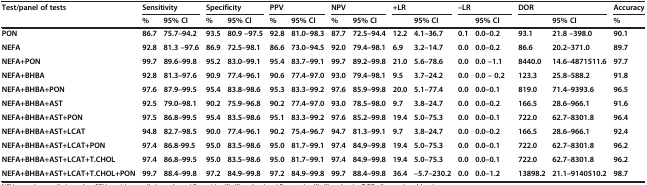
<table><thead><tr><td rowspan="2"><b>Test/panel of tests</b></td><td colspan="2"><b>Sensitivity</b></td><td colspan="2"><b>Specificity</b></td><td colspan="2"><b>PPV</b></td><td colspan="2"><b>NPV</b></td><td colspan="2"><b>+LR</b></td><td colspan="2"><b>–LR</b></td><td colspan="2"><b>DOR</b></td><td><b>Accuracy</b></td></tr><tr><td><b>%</b></td><td><b>95% CI</b></td><td><b>%</b></td><td><b>95% CI</b></td><td><b>%</b></td><td><b>95% CI</b></td><td><b>%</b></td><td><b>95% CI</b></td><td><b> </b></td><td><b>95% CI</b></td><td><b> </b></td><td><b>95% CI</b></td><td><b> </b></td><td><b>95% CI</b></td><td><b>%</b></td></tr></thead><tbody><tr><td><b>PON</b></td><td><b>86.7</b></td><td><b>75.7–94.2</b></td><td><b>93.5</b></td><td><b>80.9 –97.5</b></td><td><b>92.8</b></td><td><b>81.0–98.3</b></td><td><b>87.7</b></td><td><b>72.5–94.4</b></td><td><b>12.2</b></td><td><b>4.1–36.7</b></td><td><b>0.1</b></td><td><b>0.0–0.2</b></td><td><b>93.1</b></td><td><b>21.8 –398.0</b></td><td><b>90.1</b></td></tr><tr><td><b>NEFA</b></td><td><b>92.8</b></td><td><b>81.3 –97.6</b></td><td><b>86.9</b></td><td><b>72.5–98.1</b></td><td><b>86.6</b></td><td><b>73.0–94.5</b></td><td><b>92.0</b></td><td><b>79.4–98.1</b></td><td><b>6.9</b></td><td><b>3.2–14.7</b></td><td><b>0.0</b></td><td><b>0.0–0.2</b></td><td><b>86.6</b></td><td><b>20.2–371.0</b></td><td><b>89.7</b></td></tr><tr><td><b>NEFA+PON</b></td><td><b>99.7</b></td><td><b>89.6–99.8</b></td><td><b>95.2</b></td><td><b>83.0–99.1</b></td><td><b>95.4</b></td><td><b>83.7–99.1</b></td><td><b>99.7</b></td><td><b>89.2–99.8</b></td><td><b>21.0</b></td><td><b>5.6–78.6</b></td><td><b>0.0</b></td><td><b>0.0 –1.1</b></td><td><b>8440.0</b></td><td><b>14.6–4871511.6</b></td><td><b>97.7</b></td></tr><tr><td><b>NEFA+BHBA</b></td><td><b>92.8</b></td><td><b>81.3–97.6</b></td><td><b>90.9</b></td><td><b>77.4–96.1</b></td><td><b>90.6</b></td><td><b>77.4–97.0</b></td><td><b>93.0</b></td><td><b>79.4–98.1</b></td><td><b>9.5</b></td><td><b>3.7–24.2</b></td><td><b>0.0</b></td><td><b>0.0 – 0.2</b></td><td><b>123.3</b></td><td><b>25.8–588.2</b></td><td><b>91.8</b></td></tr><tr><td><b>NEFA+BHBA+PON</b></td><td><b>97.6</b></td><td><b>87.9–99.5</b></td><td><b>95.4</b></td><td><b>83.8–98.6</b></td><td><b>95.3</b></td><td><b>83.3–99.2</b></td><td><b>97.6</b></td><td><b>85.9–99.8</b></td><td><b>20.0</b></td><td><b>5.1–77.4</b></td><td><b>0.0</b></td><td><b>0.0–0.1</b></td><td><b>819.0</b></td><td><b>71.4–9393.6</b></td><td><b>96.5</b></td></tr><tr><td><b>NEFA+BHBA+AST</b></td><td><b>92.5</b></td><td><b>79.0–98.1</b></td><td><b>90.2</b></td><td><b>75.9–96.8</b></td><td><b>90.2</b></td><td><b>77.4–97.0</b></td><td><b>93.0</b></td><td><b>78.5–98.0</b></td><td><b>9.7</b></td><td><b>3.8–24.7</b></td><td><b>0.0</b></td><td><b>0.0–0.2</b></td><td><b>166.5</b></td><td><b>28.6–966.1</b></td><td><b>91.6</b></td></tr><tr><td><b>NEFA+BHBA+AST+PON</b></td><td><b>97.5</b></td><td><b>86.8–99.5</b></td><td><b>95.4</b></td><td><b>83.5–98.6</b></td><td><b>95.1</b></td><td><b>83.3–99.2</b></td><td><b>97.6</b></td><td><b>85.2–99.8</b></td><td><b>19.4</b></td><td><b>5.0–75.3</b></td><td><b>0.0</b></td><td><b>0.0–0.1</b></td><td><b>722.0</b></td><td><b>62.7–8301.8</b></td><td><b>96.4</b></td></tr><tr><td><b>NEFA+BHBA+AST+LCAT</b></td><td><b>94.8</b></td><td><b>82.7–98.5</b></td><td><b>90.0</b></td><td><b>77.4–96.1</b></td><td><b>90.2</b></td><td><b>75.4–96.7</b></td><td><b>94.7</b></td><td><b>81.3–99.1</b></td><td><b>9.7</b></td><td><b>3.8–24.7</b></td><td><b>0.0</b></td><td><b>0.0–0.2</b></td><td><b>166.5</b></td><td><b>28.6–966.1</b></td><td><b>92.4</b></td></tr><tr><td><b>NEFA+BHBA+AST+LCAT+PON</b></td><td><b>97.4</b></td><td><b>86.8-99.5</b></td><td><b>95.0</b></td><td><b>83.5–98.6</b></td><td><b>95.0</b></td><td><b>81.7–99.1</b></td><td><b>97.4</b></td><td><b>84.9–99.8</b></td><td><b>19.4</b></td><td><b>5.0–75.3</b></td><td><b>0.0</b></td><td><b>0.0–0.1</b></td><td><b>722.0</b></td><td><b>62.7–8301.8</b></td><td><b>96.2</b></td></tr><tr><td><b>NEFA+BHBA+AST+LCAT+T.CHOL</b></td><td><b>97.4</b></td><td><b>86.8–99.5</b></td><td><b>95.0</b></td><td><b>83.5–98.6</b></td><td><b>95.0</b></td><td><b>81.7–99.1</b></td><td><b>97.4</b></td><td><b>84.9–99.8</b></td><td><b>19.4</b></td><td><b>5.0–75.3</b></td><td><b>0.0</b></td><td><b>0.0–0.1</b></td><td><b>722.0</b></td><td><b>62.7–8301.8</b></td><td><b>96.2</b></td></tr><tr><td><b>NEFA+BHBA+AST+LCAT+T.CHOL+PON</b></td><td><b>99.7</b></td><td><b>88.4–99.8</b></td><td><b>97.2</b></td><td><b>84.9–99.8</b></td><td><b>97.2</b></td><td><b>84.9–99.8</b></td><td><b>99.7</b></td><td><b>88.4–99.8</b></td><td><b>36.4</b></td><td><b>–5.7–230.2</b></td><td><b>0.0</b></td><td><b>0.0–1.2</b></td><td><b>13898.2</b></td><td><b>21.1–9140510.2</b></td><td><b>98.7</b></td></tr></tbody></table>